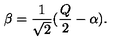
\beta = \frac { 1 } { \sqrt { 2 } } ( \frac { Q } { 2 } - \alpha ) .